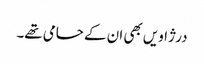
درژاویں بھی ان کے حامی تھے۔